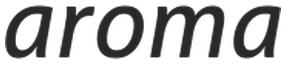
aroma